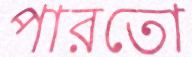
পারতো